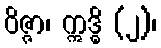
ဝိဇ္ဇာ၊ ဣဒ္ဓိ (၂)၊